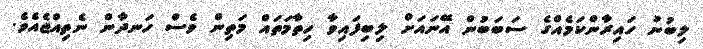
ލިބުނު ހައިރާންކަމެއްގެ ސަބަބުން އޭނައަށް ލިބިފައިވާ ހިތާމަތައް މަތިން ވެސް ހަނދާން ނެތިއްޖެއެވެ.